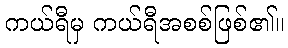
ကယ်ရီမှ ကယ်ရီအစစ်ဖြစ်၏။